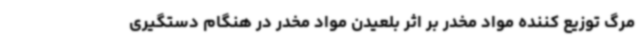
مرگ توزیع کننده مواد مخدر بر اثر بلعیدن مواد مخدر در هنگام دستگیری